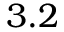
3 . 2